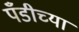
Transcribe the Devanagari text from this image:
पँडीच्या